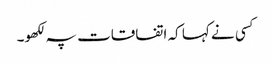
کسی نے کہا کہ اتفاقات پہ لکھو۔